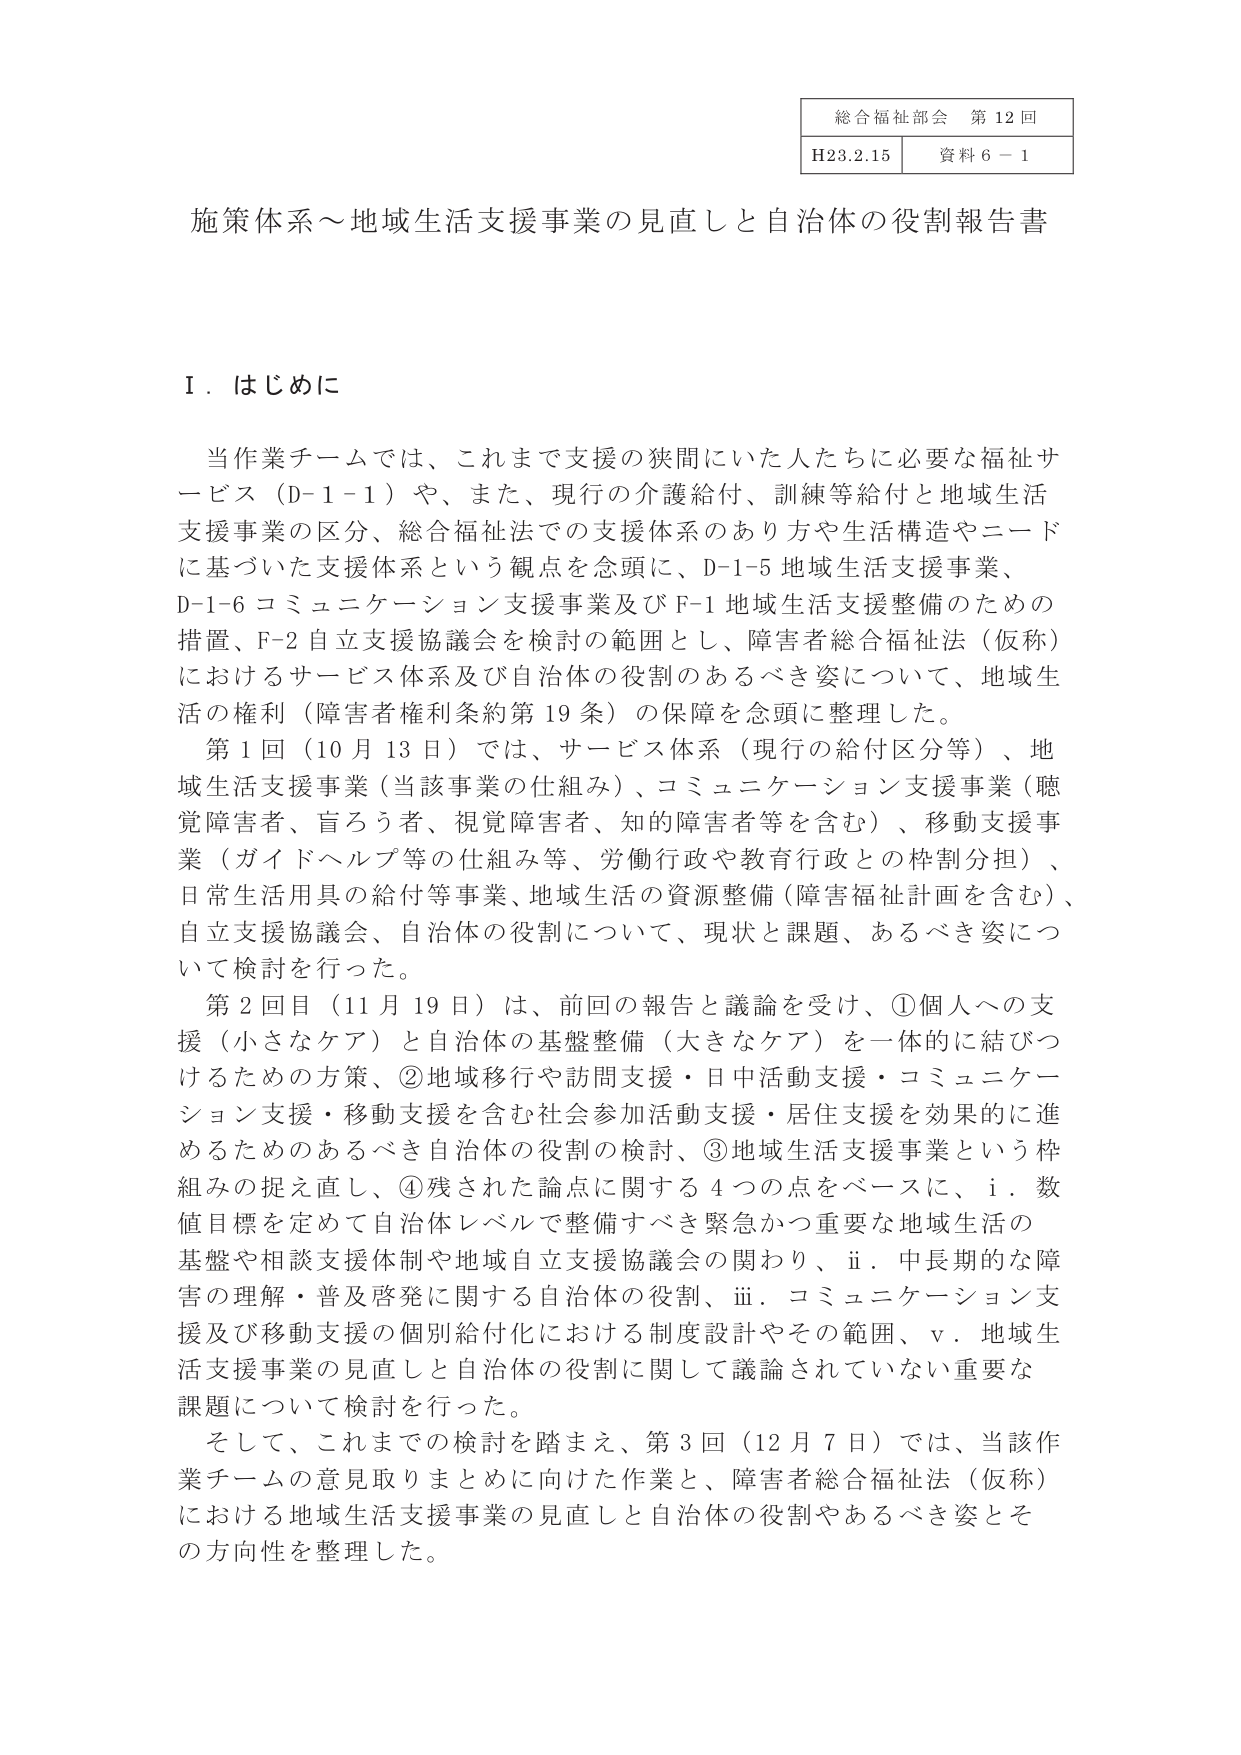
総合福祉部会 第12回
H23.2.15 資料6－1

施策体系～地域生活支援事業の見直しと自治体の役割報告書

Ⅰ．はじめに

当作業チームでは、これまで支援の狭間にいた人たちに必要な福祉サービス（D-1-1）や、また、現行の介護給付、訓練等給付と地域生活支援事業の区分、総合福祉法での支援体系のあり方や生活構造やニードに基づいた支援体系という観点を念頭に、D-1-5 地域生活支援事業、D-1-6 コミュニケーション支援事業及び F-1 地域生活支援整備のための措置、F-2 自立支援協議会を検討の範囲とし、障害者総合福祉法（仮称）におけるサービス体系及び自治体の役割のあるべき姿について、地域生活の権利（障害者権利条約第19条）の保障を念頭に整理した。

第1回（10月13日）では、サービス体系（現行の給付区分等）、地域生活支援事業（当該事業の仕組み）、コミュニケーション支援事業（聴覚障害者、盲ろう者、視覚障害者、知的障害者等を含む）、移動支援事業（ガイドヘルプ等の仕組み等、労働行政や教育行政との枠割分担）、日常生活用具の給付等事業、地域生活の資源整備（障害福祉計画を含む）、自立支援協議会、自治体の役割について、現状と課題、あるべき姿について検討を行った。

第2回目（11月19日）は、前回の報告と議論を受け、①個人への支援（小さなケア）と自治体の基盤整備（大きなケア）を一体的に結びつけるための方策、②地域移行や訪問支援・日中活動支援・コミュニケーション支援・移動支援を含む社会参加活動支援・居住支援を効果的に進めるためのあるべき自治体の役割の検討、③地域生活支援事業という枠組みの捉え直し、④残された論点に関する4つの点をベースに、i．数値目標を定めて自治体レベルで整備すべき緊急かつ重要な地域生活の基盤や相談支援体制や地域自立支援協議会の関わり、ii．中長期的な障害の理解・普及啓発に関する自治体の役割、iii．コミュニケーション支援及び移動支援の個別給付化における制度設計やその範囲、v．地域生活支援事業の見直しと自治体の役割に関して議論されていない重要な課題について検討を行った。

そして、これまでの検討を踏まえ、第3回（12月7日）では、当該作業チームの意見取りまとめに向けた作業と、障害者総合福祉法（仮称）における地域生活支援事業の見直しと自治体の役割やあるべき姿とその方向性を整理した。